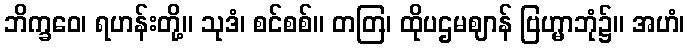
ဘိက္ခဝေ၊ ရဟန်းတို့။ သုဒံ၊ စင်စစ်။ တတြ၊ ထိုပဌမဈာန် ဗြဟ္မာဘုံ၌။ အဟံ၊